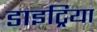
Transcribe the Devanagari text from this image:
डाइट्रिया